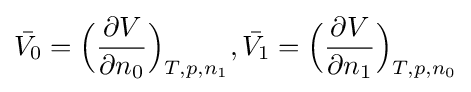
{\bar {V_{0}}}={\Big (}{\frac {\partial V}{\partial n_{0}}}{\Big )}_{T,p,n_{1}},{\bar {V_{1}}}={\Big (}{\frac {\partial V}{\partial n_{1}}}{\Big )}_{T,p,n_{0}}